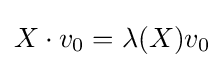
X\cdot v_{0}=\lambda (X)v_{0}